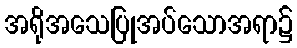
အရိုအသေပြုအပ်သောအရာ၌